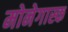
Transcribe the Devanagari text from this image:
मोनेगास्क